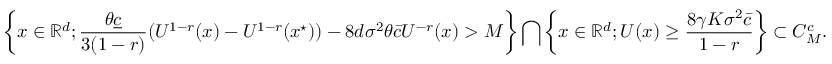
\left\{ x \in \mathbb { R } ^ { d } ; \frac { \theta \underline { { c } } } { 3 ( 1 - r ) } ( U ^ { 1 - r } ( x ) - U ^ { 1 - r } ( x ^ { \star } ) ) - 8 d \sigma ^ { 2 } \theta \bar { c } U ^ { - r } ( x ) > M \right\} \bigcap \left\{ x \in \mathbb { R } ^ { d } ; U ( x ) \ge \frac { 8 \gamma K \sigma ^ { 2 } \bar { c } } { 1 - r } \right\} \subset { \cal C } _ { M } ^ { c } .